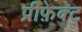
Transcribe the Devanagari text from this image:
प्रीफ़ेक्ट